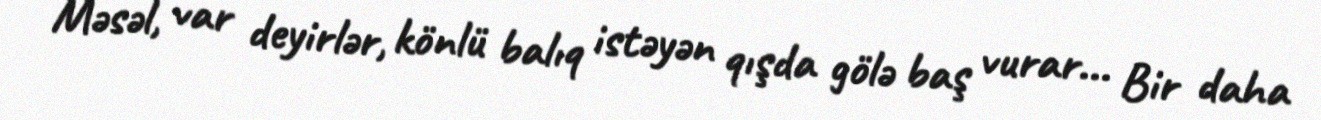
Məsəl, var deyirlər, könlü balıq istəyən qışda gölə baş vurar... Bir daha